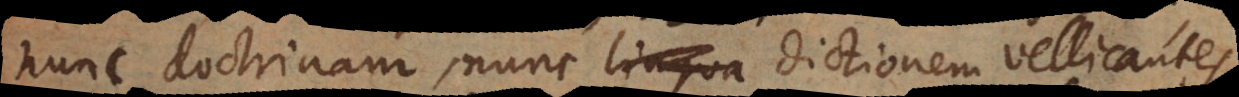
nunc doctrinam, nunc lingua dictionem vellicantes.